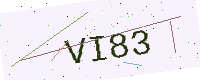
Text: VI83